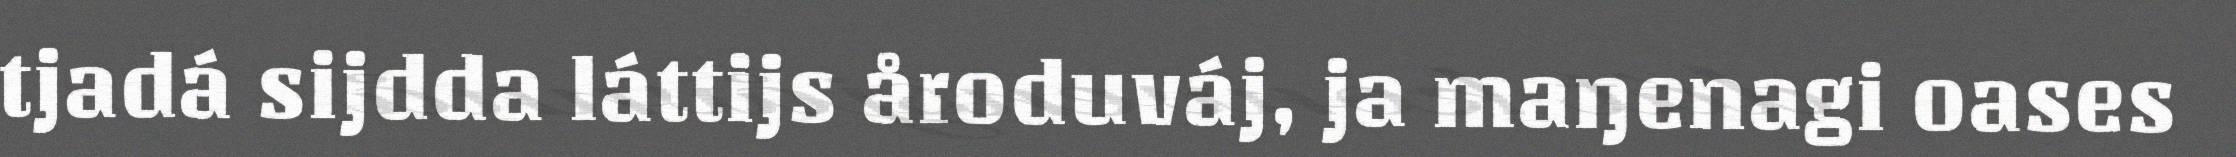
tjadá sijdda láttijs åroduváj, ja maŋenagi oases